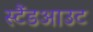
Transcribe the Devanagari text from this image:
स्टैंडआउट